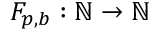
F _ { p , b } : \mathbb { N } \rightarrow \mathbb { N }